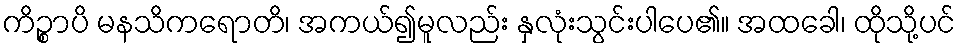
ကိဉ္စာပိ မနသိကရောတိ၊ အကယ်၍မူလည်း နှလုံးသွင်းပါပေ၏။ အထခေါ၊ ထိုသို့ပင်